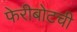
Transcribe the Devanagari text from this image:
फेरीबोटची